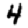
Digit: 4